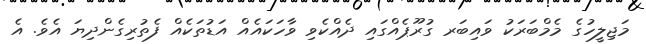
މަޖިލީހުގެ މެމްބަރަކު ވައިބަރ ގުރޫޕެއްގައި ދެއްކެވި ވާހަކައެއް އަޑުތަކެއް ފެތުރިގެންދިޔަ އެވެ. އެ